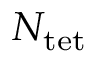
N _ { \mathrm { t e t } }